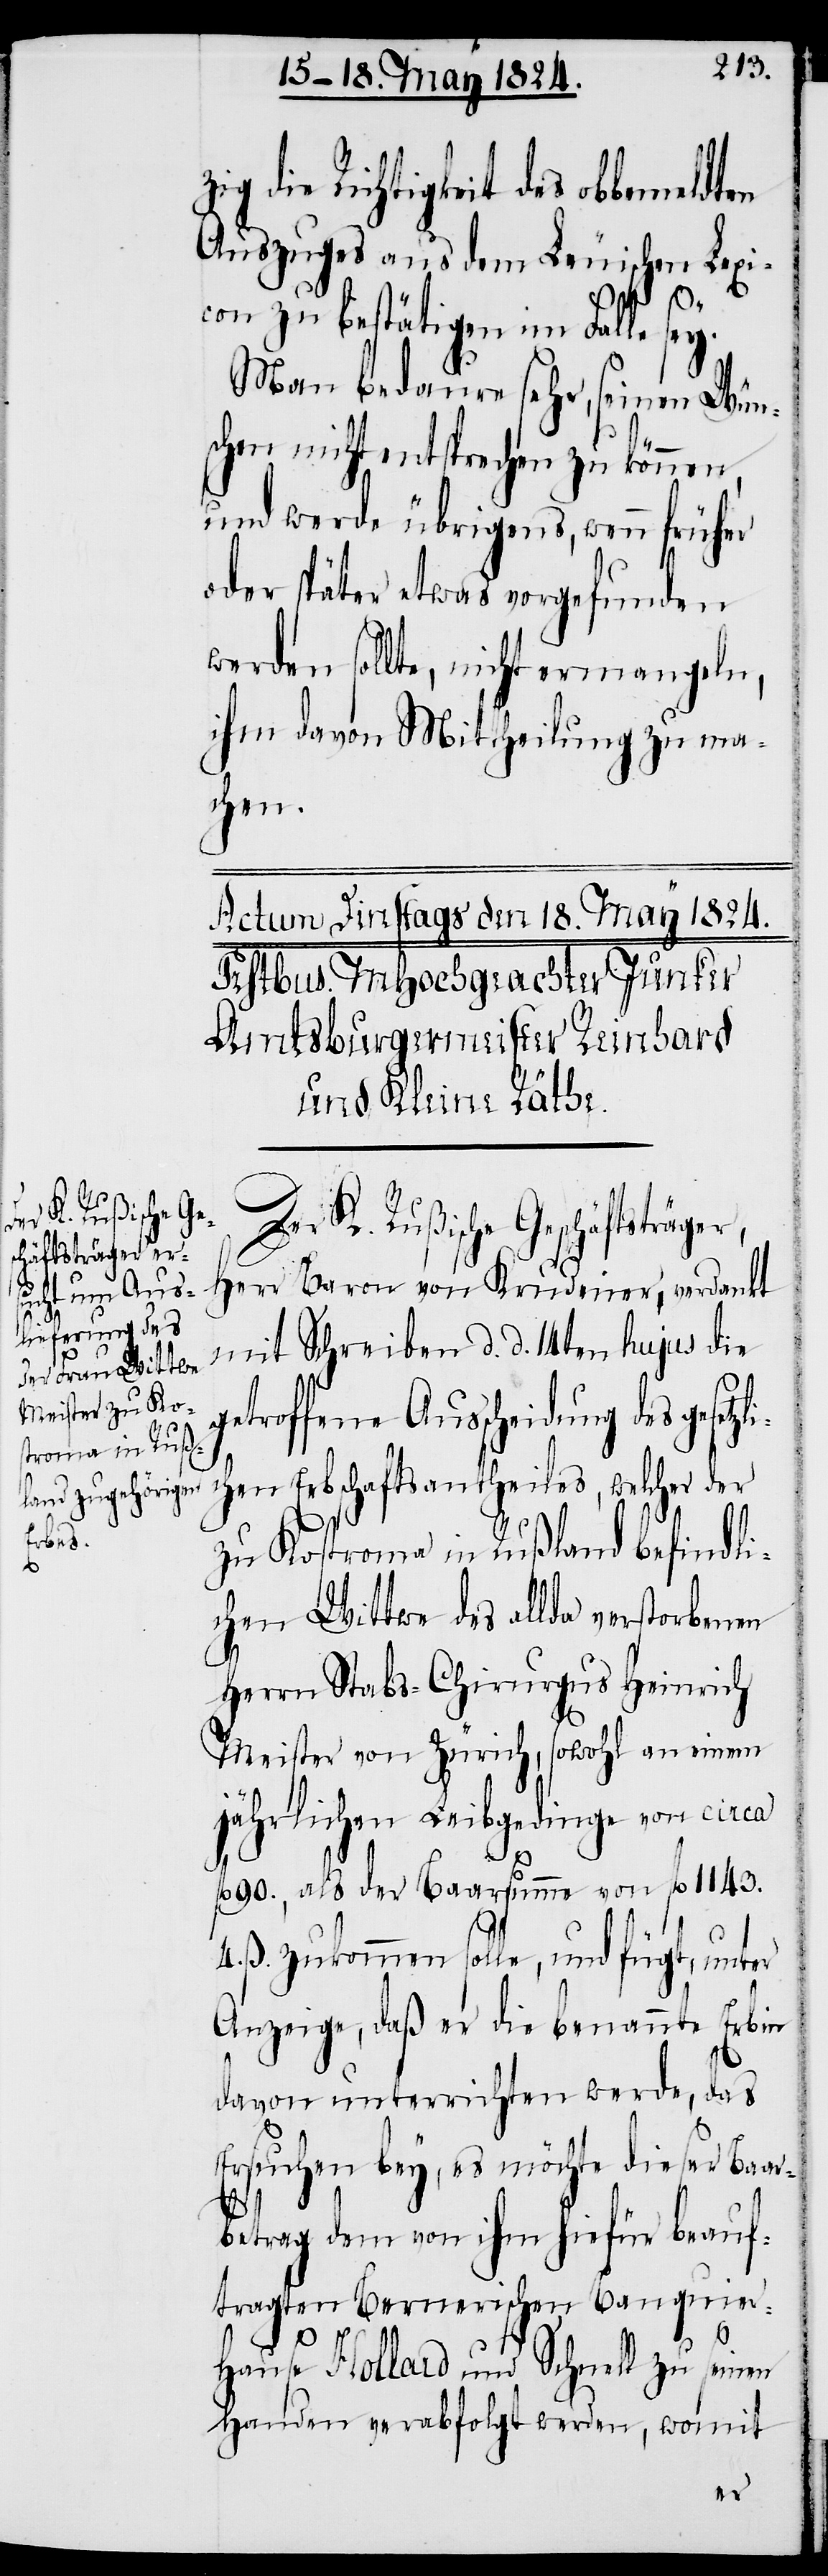
g die Richtigkeit des obbemeldt¬
Auszuges aus dem Leuischen Lexi¬
con zu bestätigen im Falle sey.
Man bedaure sehr, seinen Wün¬
schen nicht entsprechen zu können,
und werde übrigens, wenn früher
oder später etwas vorgefunden
werden sollte, nicht ermangeln,
ihm davon Mittheilung zu ma¬
chen.
Der K. Rußische Geschäftsträger,
Herr Baron von Krudener, verdankt
mit Schreiben d. d. 14ten hujus die
getroffene Ausscheidung des gesetz¬
chen Erbschaftsantheiles, welcher der
zu Kostroma in Rußland befindli¬
chen Wittwe des allda verstorbenen
Herrn Stabs-Chirurgus Heinrich
Meister von Zürich, sowohl an einem
jährlichen Leibgedinge von circa
fl. 90., als der Baarsumme von fl. 1143.
4. ß. zukommen solle, und fügt, unter
Anzeige, daß er die benannte Erbin
davon unterrichten werde, das
Ersuchen bey, es möchte dieser Baar¬
li¬
betrag dem von ihm hiefür beauf¬
tragten Bernerischen Banquier-H¬
ause Hollard und Schnell zu seinen
Handen verabfolgt werden, womit
en